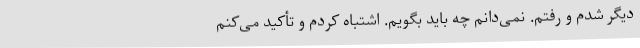
دیگر شدم و رفتم. نمی‌دانم چه باید بگویم. اشتباه کردم و تأکید می‌کنم